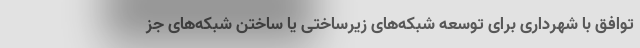
توافق با شهرداری برای توسعه شبکه‌های زیرساختی یا ساختن شبکه‌های جز